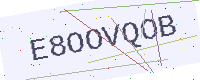
Text: E8OOVQOB